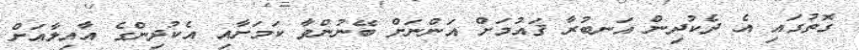
ގޮތުގައި އެ ދެކުދިން އަނބުރާ ޤައުމަށް އަންނަށް ބޭނުންވާ ކަމަށާއި އެކުދިންގެ އާއިލާއަށް